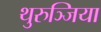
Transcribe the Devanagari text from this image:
थुरुञ्जिया